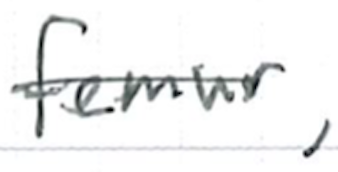
Text: femur,
Cross-out: single-line
Writing tool: ballpoint